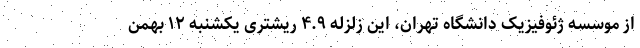
از موسسه ژئوفیزیک دانشگاه تهران، این زلزله ۴.۹ ریشتری یکشنبه ۱۲ بهمن